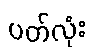
ပတ်လုံး